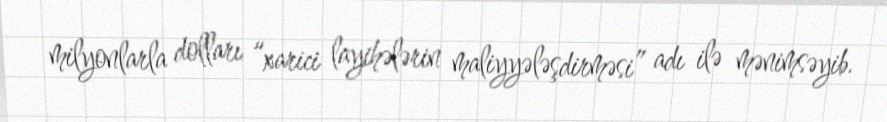
milyonlarla dolları “xarici layihələrin maliyyələşdirməsi” adı ilə mənimsəyib.